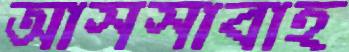
আসসাবাহ